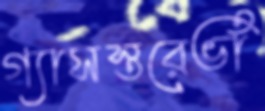
গ্যাসস্তরেভাঁ